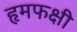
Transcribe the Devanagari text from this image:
हृमफक्षी